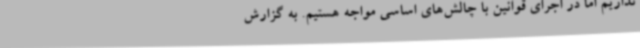
نداریم اما در اجرای قوانین با چالش‌های اساسی مواجه هستیم. به گزارش